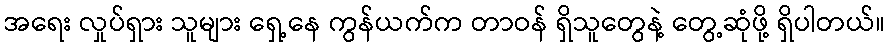
အရေး လှုပ်ရှား သူများ ရှေ့နေ ကွန်ယက်က တာဝန် ရှိသူတွေနဲ့ တွေ့ဆုံဖို့ ရှိပါတယ်။